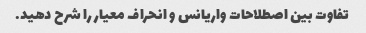
تفاوت بین اصطلاحات واریانس و انحراف معیار را شرح دهید.